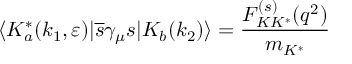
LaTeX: \langle K _ { a } ^ { \ast } ( k _ { 1 } , \varepsilon ) | { \overline { { { s } } } } \gamma _ { \mu } s | K _ { b } ( k _ { 2 } ) \rangle = \frac { F _ { K K ^ { \ast } } ^ { ( s ) } ( q ^ { 2 } ) } { m _ { K ^ { \ast } } }